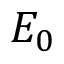
\boldsymbol { E _ { 0 } }